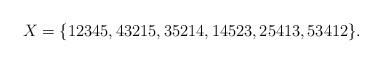
LaTeX: \begin{align*}X = \{12345, 43215, 35214, 14523, 25413, 53412\}.\end{align*}